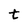
Character: t